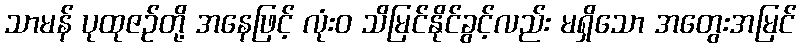
သာမန် ပုထုဇဉ်တို့ အနေဖြင့် လုံးဝ သိမြင်နိုင်ခွင့်လည်း မရှိသော အတွေးအမြင်